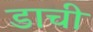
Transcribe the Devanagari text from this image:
डाची